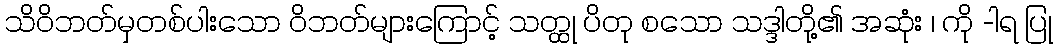
သိဝိဘတ်မှတစ်ပါးသော ဝိဘတ်များကြောင့် သတ္ထု ပိတု စသော သဒ္ဒါတို့၏ အဆုံး ၊ ကို -ါရ ပြု